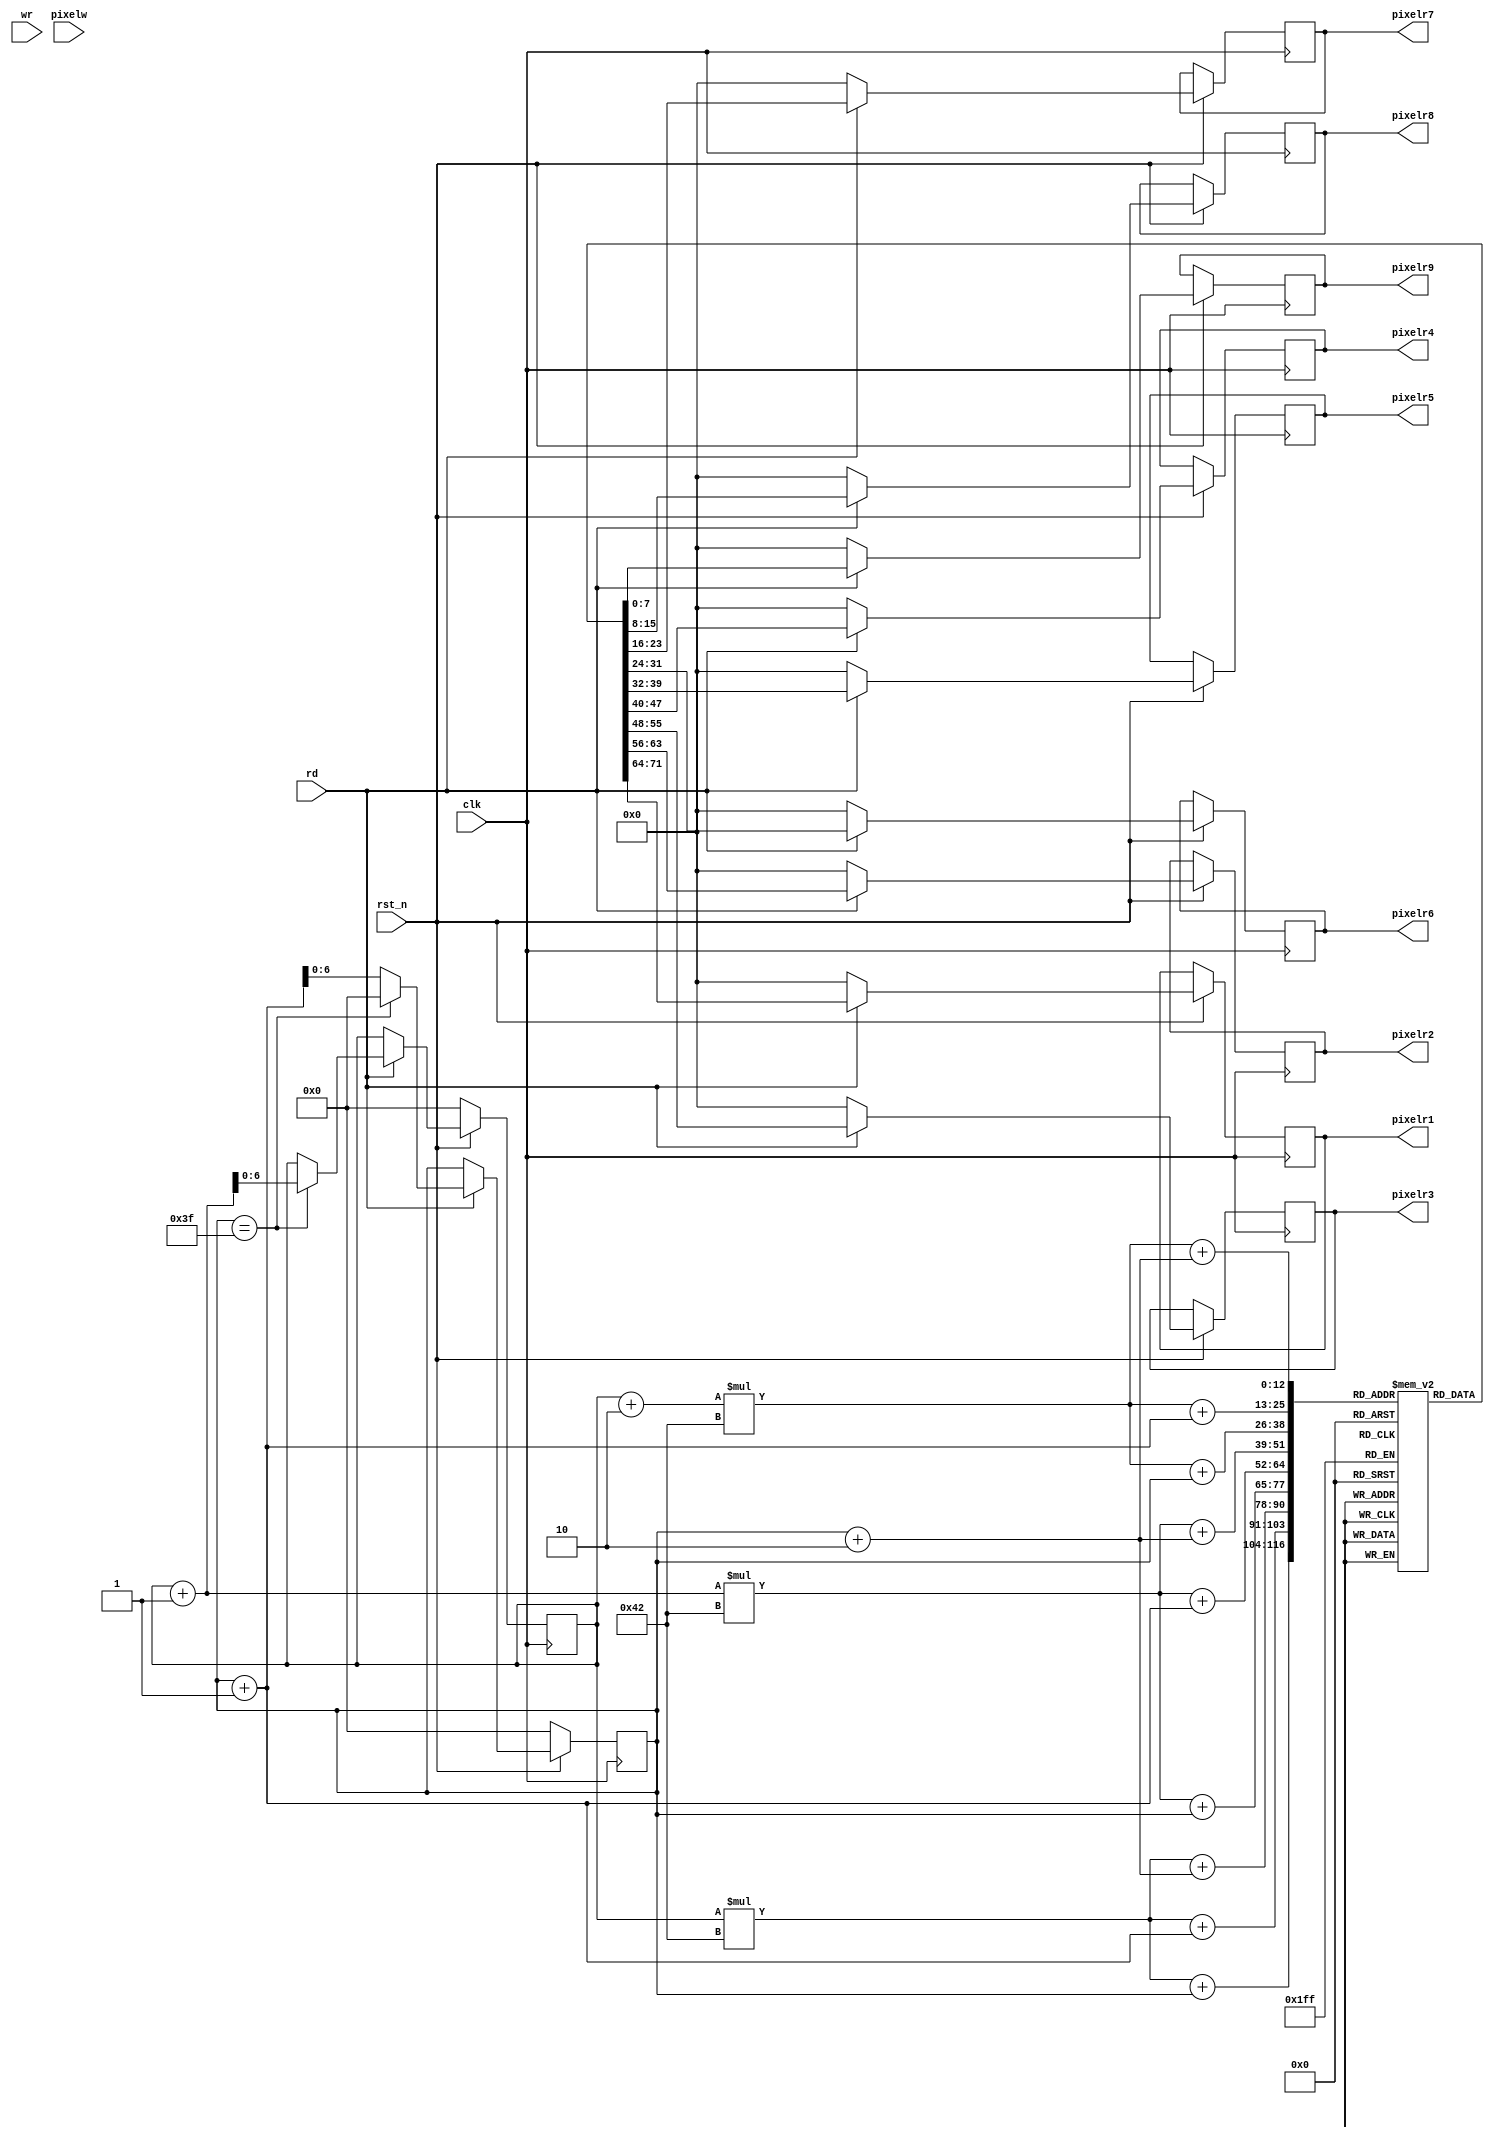
module memory_2(
input clk, rst_n, rd, wr,

input [7:0]pixelw,

output reg [7:0]pixelr1,pixelr2,pixelr3,pixelr4,pixelr5,pixelr6,pixelr7,pixelr8,pixelr9
);

reg [7:0]mem_read[0:65][0:65];
reg [7:0]mem_write[0:65][0:65];
reg [6:0]i, ii;
reg [6:0]j, jj;

always @(posedge clk)
begin
if (!rst_n)
  begin
    i <= 0; ii <= 0;
    j <= 0; jj <= 0;
  end
else if(rd == 1)
	begin
	pixelr1 <= mem_read[i][j];
	pixelr2 <= mem_read[i][j+1];
	pixelr3 <= mem_read[i][j+2];
	pixelr4 <= mem_read[i+1][j];
	pixelr5 <= mem_read[i+1][j+1];
	pixelr6 <= mem_read[i+1][j+2];
	pixelr7 <= mem_read[i+2][j];
	pixelr8 <= mem_read[i+2][j+1];
	pixelr9 <= mem_read[i+2][j+2];
	
	j <= (j == 63) ? 0:(j+1);
	i <= (j == 63) ? (i+1):i;
	end
else
	begin
	pixelr1 <= 8'b0;
	pixelr2 <= 8'b0;
	pixelr3 <= 8'b0;
	pixelr4 <= 8'b0;
	pixelr5 <= 8'b0;
	pixelr6 <= 8'b0;
	pixelr7 <= 8'b0;
	pixelr8 <= 8'b0;
	pixelr9 <= 8'b0;
	end
	if(wr)
	begin
	 mem_write[ii][jj] <= pixelw;
  	
  	ii <= i - 3;
  	jj <= j - 3;
	end
  else
   mem_write[ii][jj] <= 0;  
end
endmodule